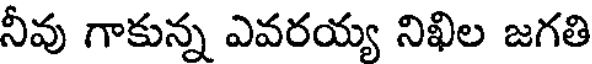
నీవు గాకున్న ఎవరయ్య నిఖిల జగతి